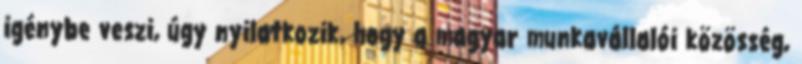
igénybe veszi, úgy nyilatkozik, hogy a magyar munkavállalói közösség,